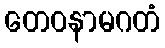
တေဝနာမဂတံ